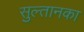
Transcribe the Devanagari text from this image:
सुल्तानका